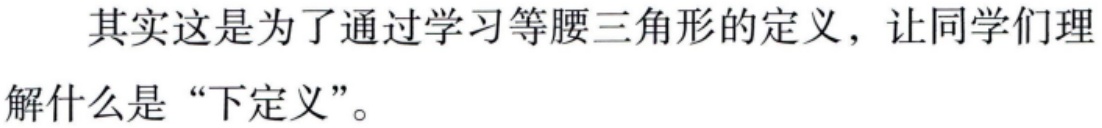
其实这是为了通过学习等腰三角形的定义，让同学们理解什么是“下定义”。